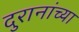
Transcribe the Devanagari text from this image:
दुरानांच्या